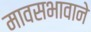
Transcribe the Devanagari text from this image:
मावसभावाने